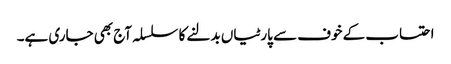
احتساب کے خوف سے پارٹیاں بدلنے کا سلسلہ آج بھی جاری ہے۔